Indian journal of veterinary science and animal husbandry - Volume 5,
Year: 1935
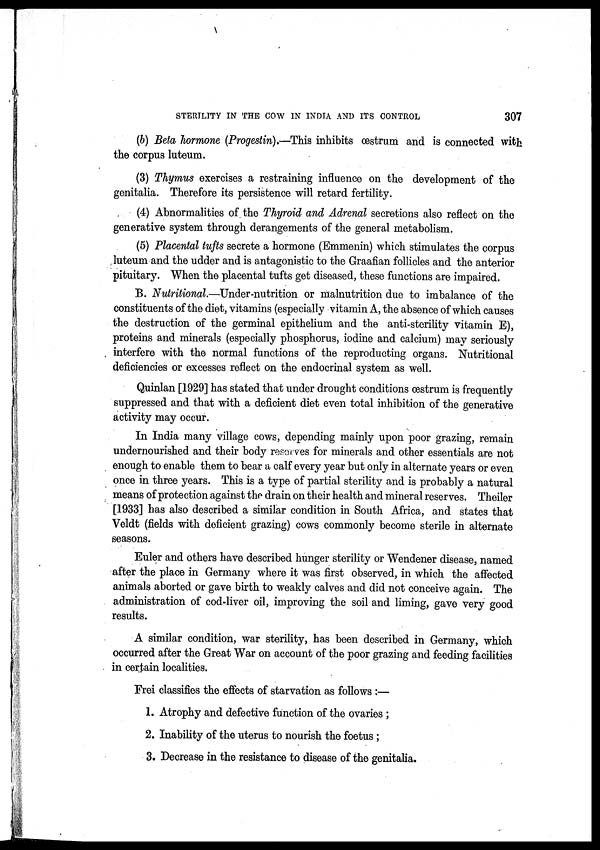
STERILITY IN THE COW IN INDIA AND ITS CONTROL
307
(b) Beta hormone (Progestin).—This inhibits oestrum and is connected with
the corpus luteum.
(3) Thymus exercises a restraining influence on the development of the
genitalia. Therefore its persistence will retard fertility.
(4) Abnormalities of the Thyroid and Adrenal secretions also reflect on the
generative system through derangements of the general metabolism.
(5) Placental tufts secrete a hormone (Emmenin) which stimulates the corpus
luteum and the udder and is antagonistic to the Graafian follicles and the anterior
pituitary. When the placental tufts get diseased, these functions are impaired.
B. Nutritional.—Under-nutrition or malnutrition due to imbalance of the
constituents of the diet, vitamins (especially vitamin A, the absence of which causes
the destruction of the germinal epithelium and the anti-sterility vitamin E),
proteins and minerals (especially phosphorus, iodine and calcium) may seriously
interfere with the normal functions of the reproducting organs. Nutritional
deficiencies or excesses reflect on the endocrinal system as well.
Quinlan [1929] has stated that under drought conditions œstrum is frequently
suppressed and that with a deficient diet even total inhibition of the generative
activity may occur.
In India many village cows, depending mainly upon poor grazing, remain
undernourished and their body reserves for minerals and other essentials are not
enough to enable them to bear a calf every year but only in alternate years or even
once in three years. This is a type of partial sterility and is probably a natural
means of protection against the drain on their health and mineral reserves. Theiler
[1933] has also described a similar condition in South Africa, and states that
Veldt (fields with deficient grazing) cows commonly become sterile in alternate
seasons.
Euler and others have described hunger sterility or Wendener disease, named
after the place in Germany where it was first observed, in which the affected
animals aborted or gave birth to weakly calves and did not conceive again. The
administration of cod-liver oil, improving the soil and liming, gave very good
results.
A similar condition, war sterility, has been described in Germany, which
occurred after the Great War on account of the poor grazing and feeding facilities
in certain localities.
Frei classifies the effects of starvation as follows :—
1. Atrophy and defective function of the ovaries ;
2. Inability of the uterus to nourish the foetus ;
3. Decrease in the resistance to disease of the genitalia.